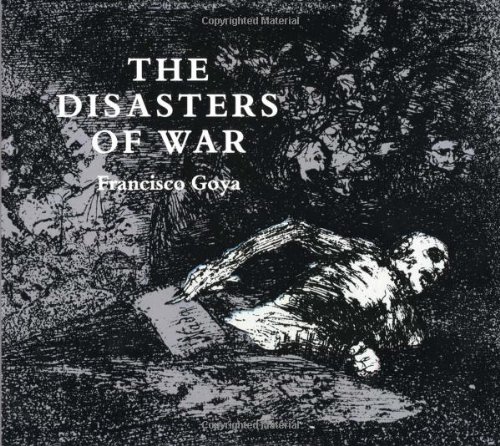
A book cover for The Disasters of War (Dover Fine Art, History of Art); Francisco Goya; Arts & Photography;